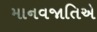
માનવજાતિએ